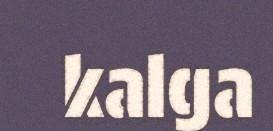
kalga